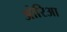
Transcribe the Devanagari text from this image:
ओरिआ